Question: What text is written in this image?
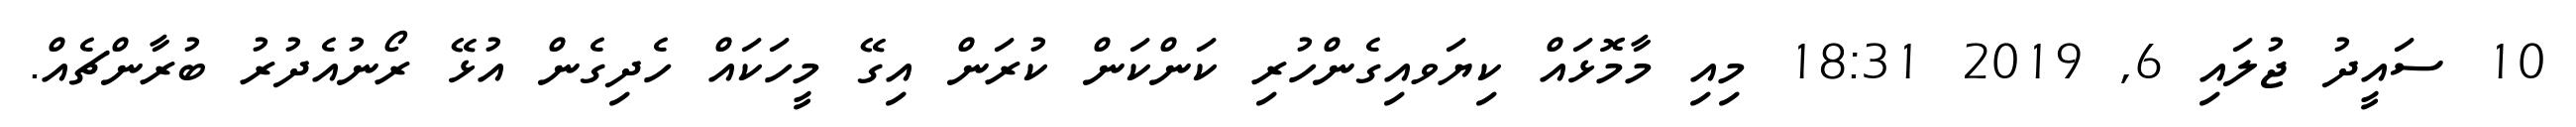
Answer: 10 ސައީދު ޖުލައި 6, 2019 18:31 މިއި މާމޮޅައް ކިޔަވއިގެންހުރި ކަންކަން ކުރަން އިގޭ މީހަކައް ހެދިގެން އުޅޭ ރޯނުއެދުރު ބުރާންޗެއް.